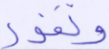
ونفور